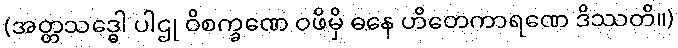
(အတ္တသဒ္ဓေါ ပါဌု ဝိစက္ခဏေ ဝဖိမှိ ဓနေ ဟိတေကာရဏေ ဒိဿတိ။)